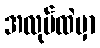
အလုပ်ထဲမှာ